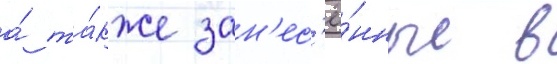
а́ та́кже зан'ес'ё́нные в